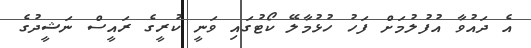
އެ ދައުވާ އުފުލުމަށް ފަހު ހުޅުމާލޭ ކޯޓުގައި ވަނީ ކުރީގެ ރައީސް ނަޝީދުގެ